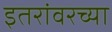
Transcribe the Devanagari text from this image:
इतरांवरच्या